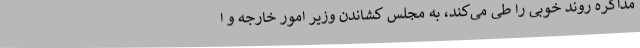
مذاکره روند خوبی را طی می‌کند، به مجلس کشاندن وزیر امور خارجه و ا